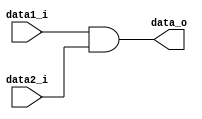
module And
(
	data1_i,
	data2_i,
	data_o
);

input      data1_i,data2_i;
output     data_o;
reg        And_gate;
assign     data_o = And_gate;
always @(*)
begin
	And_gate = data1_i & data2_i;
end

endmodule